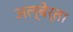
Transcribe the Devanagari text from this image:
अल्बेर्ता